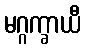
မဂ္ဂက္ခာယီ